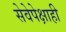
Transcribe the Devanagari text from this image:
सेवेपेक्षाही